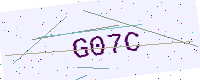
Text: G07C